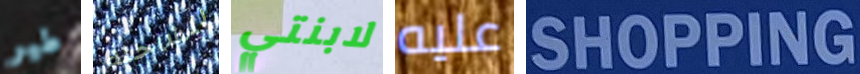
طير للشاحنة لابنتي عليه SHOPPING